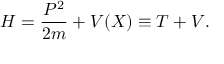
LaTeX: H = \frac { P ^ { 2 } } { 2 m } + V ( X ) \equiv T + V .